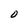
Character: O